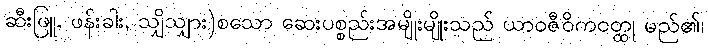
ဆီးဖြူ, ဖန်းခါး, သျှိသျှား)စသော ဆေးပစ္စည်းအမျိုးမျိုးသည် ယာဝဇီဝိကဝတ္ထု မည်၏၊